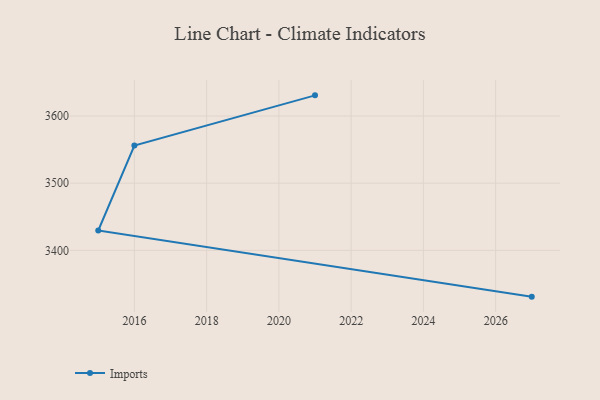
{"axis": {"x": "Year", "y": "Latency (ms)"}, "legend": ["Imports"], "data": [{"x": "2027", "y": 3331.1, "type": "Imports"}, {"x": "2015", "y": 3429.6, "type": "Imports"}, {"x": "2016", "y": 3556.1, "type": "Imports"}, {"x": "2021", "y": 3630.8, "type": "Imports"}]}